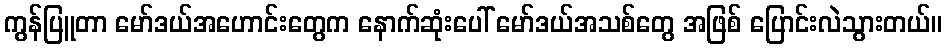
ကွန်ပြူတာ မော်ဒယ်အဟောင်းတွေက နောက်ဆုံးပေါ် မော်ဒယ်အသစ်တွေ အဖြစ် ပြောင်းလဲသွားတယ်။